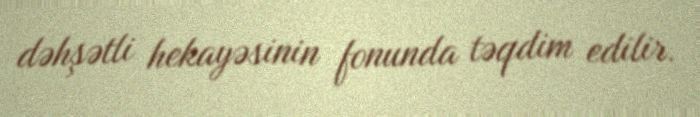
dəhşətli hekayəsinin fonunda təqdim edilir.